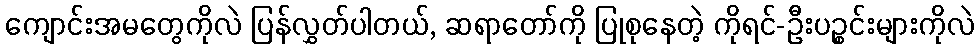
ကျောင်းအမတွေကိုလဲ ပြန်လွှတ်ပါတယ်, ဆရာတော်ကို ပြုစုနေတဲ့ ကိုရင်-ဦးပဉ္စင်းများကိုလဲ